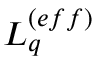
L _ { q } ^ { ( e f f ) }